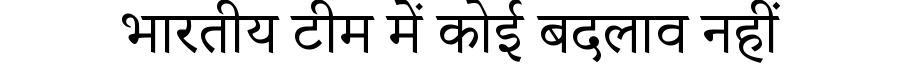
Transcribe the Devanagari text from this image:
भारतीय टीम में कोई बदलाव नहीं